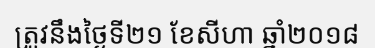
ត្រូវនឹងថ្ងៃទី២១ ខែសីហា ឆ្នាំ២០១៨